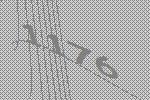
1176